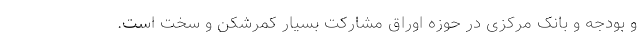
و بودجه و بانک مرکزی در حوزه اوراق مشارکت بسیار کمرشکن و سخت است.